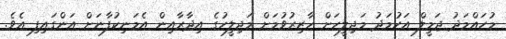
މުހައްމަދު ޖަމީލް އަހުމަދު މަޖިލީހަށް ހާޒިރުވުމަށް މަޖިލީހުގެ އިދާރާއިން އެމަނިކުފާނަށް އަންގައިފި އެވެ.